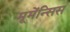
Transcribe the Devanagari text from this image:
मूमेंन्सिस